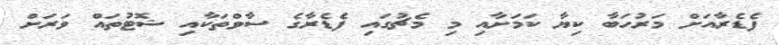
ފެޑެރާއަށް މަރުހަބާ ކިޔާ ކަމަށާއި މި މެޗުގައި ފެޑެރާގެ ސާވްތަކާއި ޝޮޓުތައް ވަރަށް